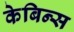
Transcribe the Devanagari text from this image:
केबिन्स